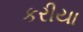
કરીયા